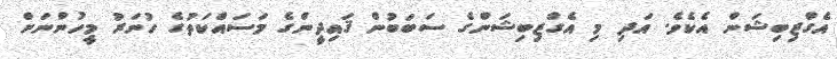
އެގްޒިބިޝަން އެކެވެ. އަދި މި އެގްޒިބިޝަންގެ ސަބަބުން ޤައިދީންގެ މަސައްކަތުގެ ހުނަރު މީހުންނަށް